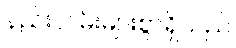
နည်းလမ်းများစွာရှိသည်